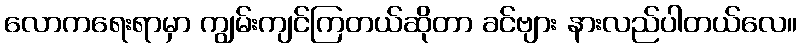
လောကရေးရာမှာ ကျွမ်းကျင်ကြတယ်ဆိုတာ ခင်ဗျား နားလည်ပါတယ်လေ။